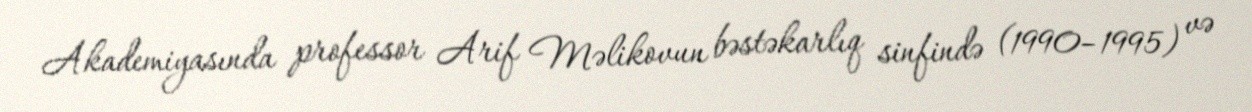
Akademiyasında professor Arif Məlikovun bəstəkarlıq sinfində (1990–1995) və